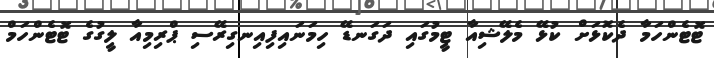
ޓޮޓެންހަމާ ދެކޮޅަށް ކުޅޭ މެލޭޝިއާ ޓީމުގައި ދަގަނޑޭ ހިމަނައިފިއިނގިރޭސި ޕްރިމިއާ ލީގުގެ ޓޮޓެންހަމް